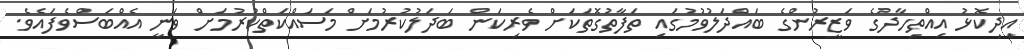
އިދިކޮޅު އިއްތިހާދުގެ ވަޒީރުންގެ ބައްދަލުވުމުގައި ތަފާތުގޮތަކަށް ވެރިކަން ބަދަލުކުރުމަށް މަސައްކަތްކުރުމަށް ވަނީ އެއްބަސްވެފައެވެ.